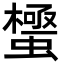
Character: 𮔼